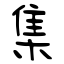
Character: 集